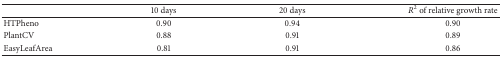
<table><thead><tr><td><b> </b></td><td><b>10 days</b></td><td><b>20 days</b></td><td><b><i>R</i><sup>2</sup> of relative growth rate</b></td></tr></thead><tbody><tr><td>HTPheno</td><td>0.90</td><td>0.94</td><td>0.90</td></tr><tr><td>PlantCV</td><td>0.88</td><td>0.91</td><td>0.89</td></tr><tr><td>EasyLeafArea</td><td>0.81</td><td>0.91</td><td>0.86</td></tr></tbody></table>